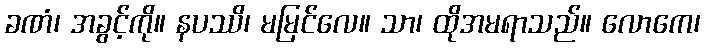
ခဏံ၊ အခွင့်ကို။ နပဿိ၊ မမြင်လေ။ သာ၊ ထိုအမရာသည်။ လောကေ၊